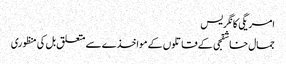
امریگی کانگریس
جمال خاشقجی کے قاتلوں کے مواخذے سے متعلق بل کی منظوری